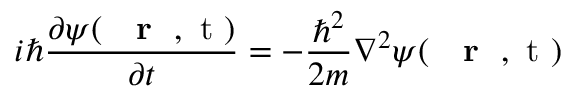
i \hbar \frac { \partial \psi ( \mathrm { ~ { ~ \bf ~ r ~ } ~ , ~ t ~ } ) } { \partial t } = - \frac { \hbar ^ { 2 } } { 2 m } \nabla ^ { 2 } \psi ( \mathrm { ~ { ~ \bf ~ r ~ } ~ , ~ t ~ } )